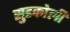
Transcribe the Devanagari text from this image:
सुडकोली